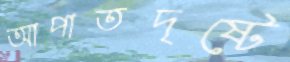
আপাতদৃষ্টে